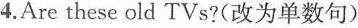
4.Are these old TVs?(改为单数句)